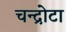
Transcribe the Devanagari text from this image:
चन्द्रोटा